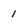
Character: 1